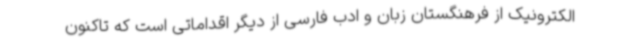
الکترونیک از فرهنگستان زبان و ادب فارسی از دیگر اقداماتی است که تاکنون